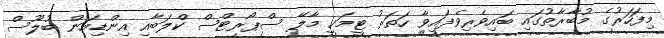
މިފަހަރުގެ މުބާރާތުގައި ބައިވެރިވެފައިވާ ހަތަރު ޓީމަކީ މާލޭ ސްޕޯރޓްސް ކްލަބާއި އިންޑިއަން ބުލޫސް